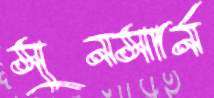
সুনসার্ন